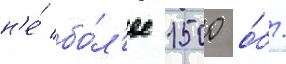
н'е́ бо́л'ее 1500 о́б/